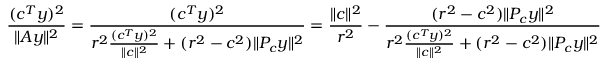
\frac { ( c ^ { T } y ) ^ { 2 } } { \| A y \| ^ { 2 } } = \frac { ( c ^ { T } y ) ^ { 2 } } { r ^ { 2 } \frac { ( c ^ { T } y ) ^ { 2 } } { \| c \| ^ { 2 } } + ( r ^ { 2 } - c ^ { 2 } ) \| P _ { c } y \| ^ { 2 } } = \frac { \| c \| ^ { 2 } } { r ^ { 2 } } - \frac { ( r ^ { 2 } - c ^ { 2 } ) \| P _ { c } y \| ^ { 2 } } { r ^ { 2 } \frac { ( c ^ { T } y ) ^ { 2 } } { \| c \| ^ { 2 } } + ( r ^ { 2 } - c ^ { 2 } ) \| P _ { c } y \| ^ { 2 } }